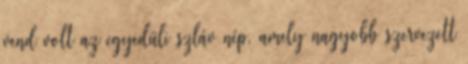
vend volt az egyedüli szláv nép, amely nagyobb szervezett